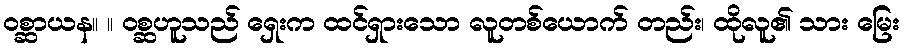
ဝစ္ဆာယန။ ။ ဝစ္ဆဟူသည် ရှေးက ထင်ရှားသော လူတစ်ယောက် တည်း၊ ထိုလူ၏ သား မြေး